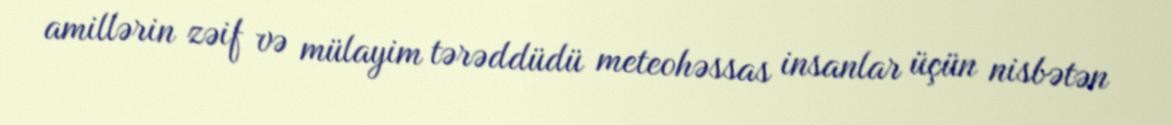
amillərin zəif və mülayim tərəddüdü meteohəssas insanlar üçün nisbətən